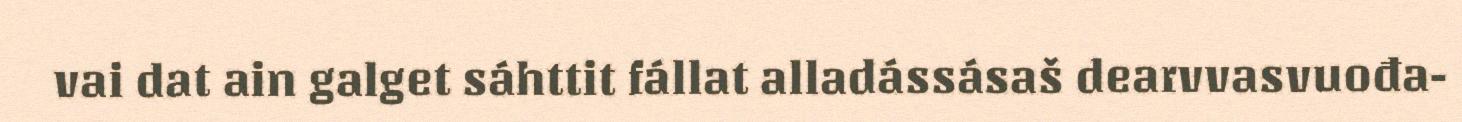
vai dat ain galget sáhttit fállat alladássásaš dearvvasvuođa-